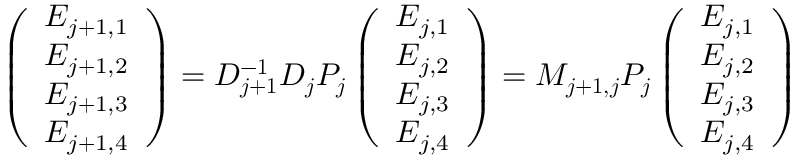
\left( \begin{array} { c } { E _ { j + 1 , 1 } } \\ { E _ { j + 1 , 2 } } \\ { E _ { j + 1 , 3 } } \\ { E _ { j + 1 , 4 } } \end{array} \right) = \boldsymbol { D _ { j + 1 } ^ { - 1 } D _ { j } P _ { j } } \left( \begin{array} { c } { E _ { j , 1 } } \\ { E _ { j , 2 } } \\ { E _ { j , 3 } } \\ { E _ { j , 4 } } \end{array} \right) = \boldsymbol { M _ { j + 1 , j } P _ { j } } \left( \begin{array} { c } { E _ { j , 1 } } \\ { E _ { j , 2 } } \\ { E _ { j , 3 } } \\ { E _ { j , 4 } } \end{array} \right)